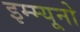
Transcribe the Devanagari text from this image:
इम्म्यूनो